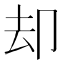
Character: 却